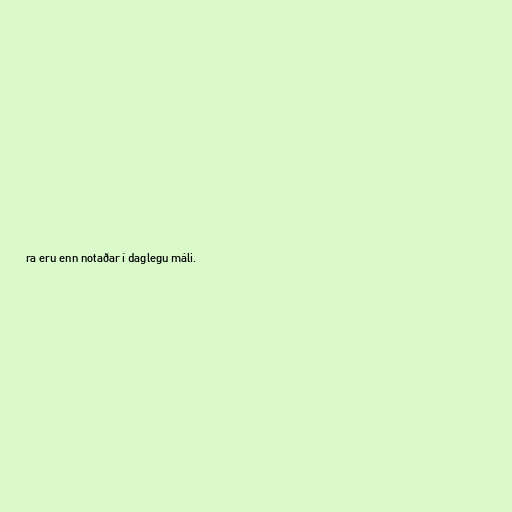
ra eru enn notaðar í daglegu máli.